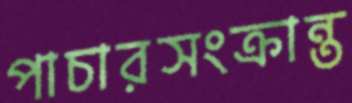
পাচারসংক্রান্ত